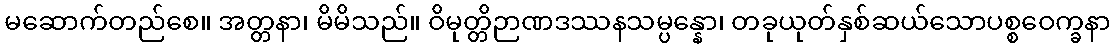
မဆောက်တည်စေ။ အတ္တနာ၊ မိမိသည်။ ဝိမုတ္တိဉာဏဒဿနသမ္ပန္နော၊ တခုယုတ်နှစ်ဆယ်သောပစ္စဝေက္ခနာ